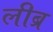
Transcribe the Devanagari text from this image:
लीब्र